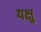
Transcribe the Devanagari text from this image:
यक्षु